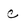
Character: C